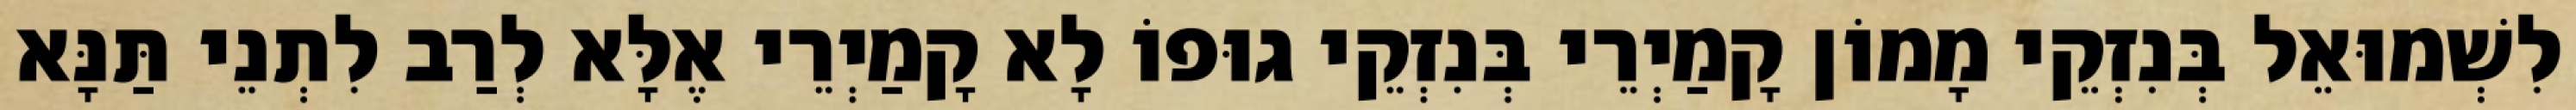
לִשְׁמוּאֵל בְּנִזְקֵי מָמוֹן קָמַיְרֵי בְּנִזְקֵי גוּפוֹ לָא קָמַיְרֵי אֶלָּא לְרַב לִתְנֵי תַּנָּא